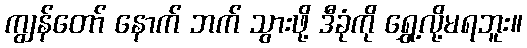
ကျွန်တော် နောက် ဘက် သွားဖို့ ဒီခုံကို ရွှေ့လို့မရဘူး။